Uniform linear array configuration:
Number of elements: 4
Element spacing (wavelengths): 0.5
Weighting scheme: cosine
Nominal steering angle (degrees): -30
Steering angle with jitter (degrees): -30.848
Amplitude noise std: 0.05
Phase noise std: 0.05

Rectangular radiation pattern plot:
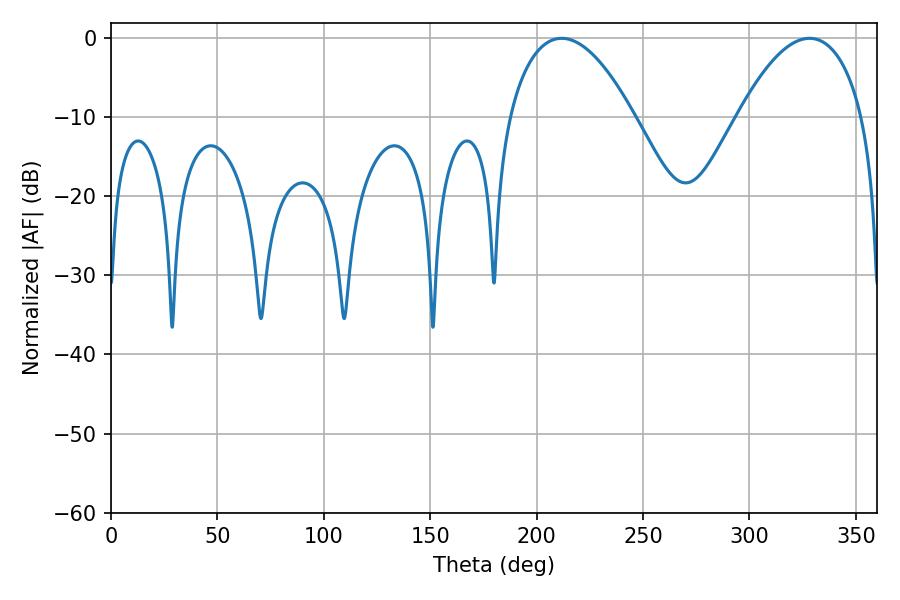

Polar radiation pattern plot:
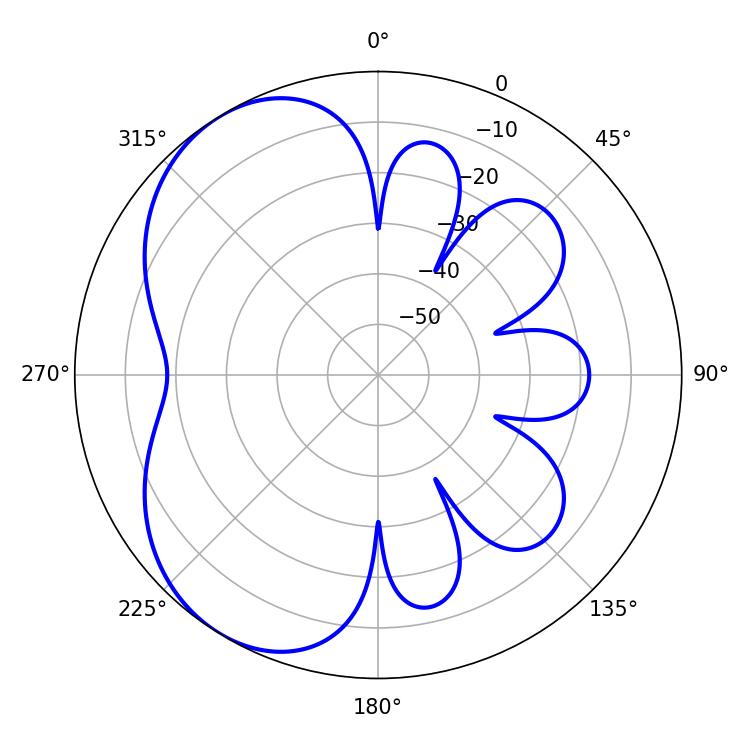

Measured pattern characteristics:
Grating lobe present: FALSE
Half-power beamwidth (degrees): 32.76
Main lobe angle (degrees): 328.32